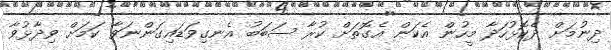
ދިނުމަށް ދެކޮޅުހަދާ މީހުން އެކަން އެގޮތަށް ކުރާ ސަބަބު އެނގިވަޑައިގަންނަވާ ކަމަށް ވިދާޅުވާ